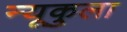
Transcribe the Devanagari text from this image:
न्यूकुला